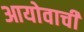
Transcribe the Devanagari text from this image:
आयोवाची